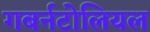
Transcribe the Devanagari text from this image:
गबर्नटोलियल